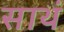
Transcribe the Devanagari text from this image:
साथं